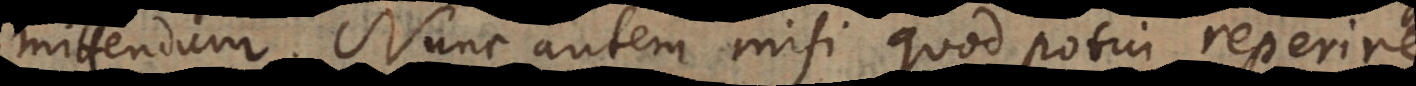
mittendum. Nunc autem misi quod potui reperire